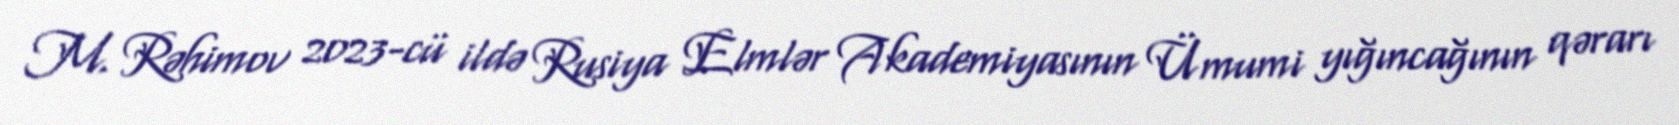
M. Rəhimov 2023-cü ildə Rusiya Elmlər Akademiyasının Ümumi yığıncağının qərarı